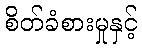
စိတ်ခံစားမှုနှင့်